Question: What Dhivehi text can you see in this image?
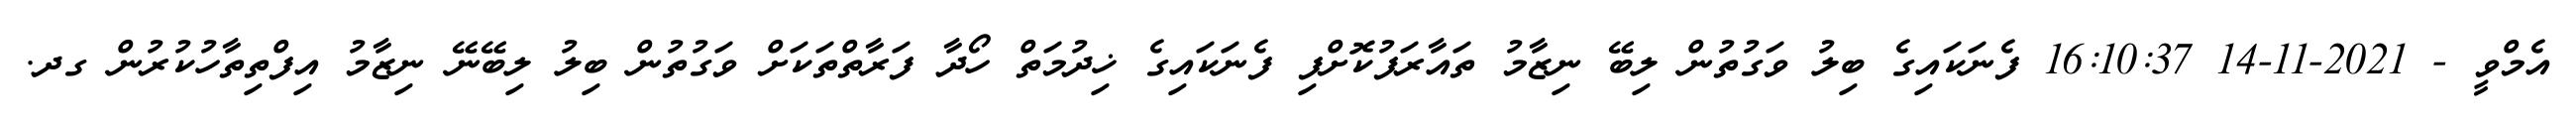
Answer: އެމްވީ - 2021-11-14 16:10:37 ފެނަކައިގެ ބިލު ވަގުތުން ލިބޭ ނިޒާމު ތައާރަފުކޮށްފި ފެނަކައިގެ ޚިދުމަތް ހޯދާ ފަރާތްތަކަށް ވަގުތުން ބިލު ލިބޭނޭ ނިޒާމު އިފްތިތާހުކުރުން ގދ.